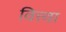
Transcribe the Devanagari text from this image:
वित्त्वा